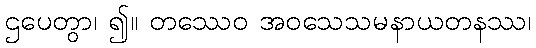
ဌပေတွာ၊ ၍။ တဿေဝ အဝသေသမနာယတနဿ၊